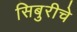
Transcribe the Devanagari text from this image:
सिबुरीचे